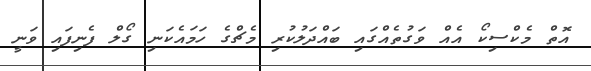
އޮތް މެކްސިކޯ އެއް ވަގުތެއްގައި ބައްދަލުކުރި މެޗްގެ ހަމައެކަނި ގޯލް ފެނިފައި ވަނީ